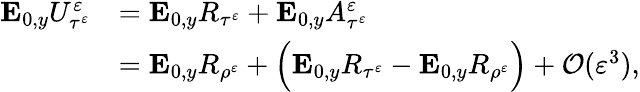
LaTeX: \begin{array}{rl}{\mathbf{E}_{0,y}U_{\tau^{\varepsilon}}^{\varepsilon}}&{=\mathbf{E}_{0,y}R_{\tau^{\varepsilon}}+\mathbf{E}_{0,y}A_{\tau^{\varepsilon}}^{\varepsilon}}\\ &{=\mathbf{E}_{0,y}R_{\rho^{\varepsilon}}+\Big(\mathbf{E}_{0,y}R_{\tau^{\varepsilon}}-\mathbf{E}_{0,y}R_{\rho^{\varepsilon}}\Big)+\mathcal O(\varepsilon^{3}),}\end{array}